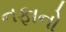
નફાનો